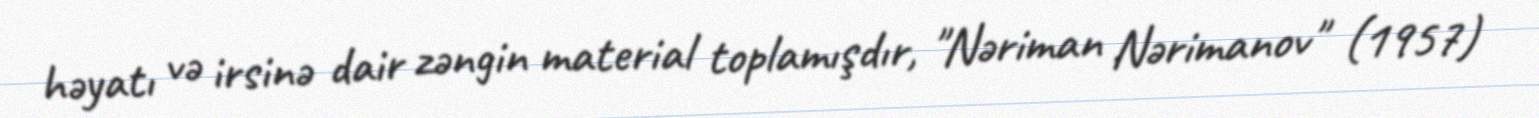
həyatı və irsinə dair zəngin material toplamışdır, "Nəriman Nərimanov" (1957)